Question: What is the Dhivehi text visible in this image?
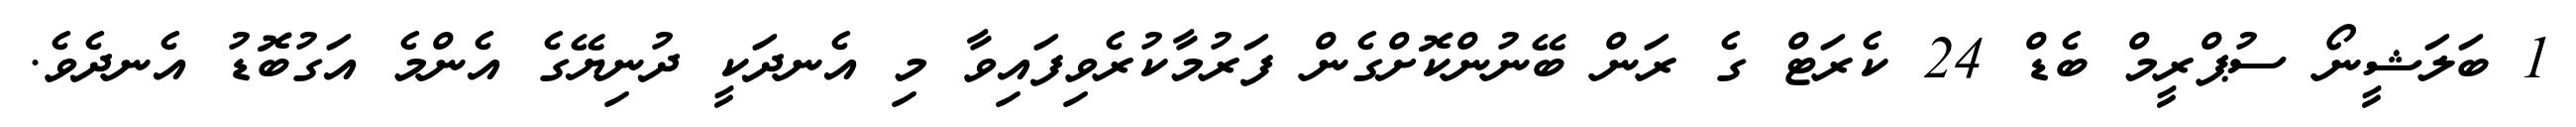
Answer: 1 ބަލަޝީނޯ ސުޕްރީމް ބެޑް 24 ކެރަޓް ގެ ރަން ބޭނުންކޮށްގެން ފަރުމާކުރެވިފައިވާ މި އެނދަކީ ދުނިޔޭގެ އެންމެ އަގުބޮޑު އެނދެވެ.